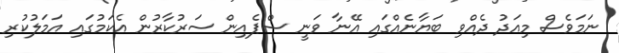
ނަމަވެސް މިއަދު ދެއްވި ބަޔާނެއްގައި އޭނާ ވަނީ ސްޕެއިން ސަރުކާރުން އެކަމުގައި އަމަލުކުރި